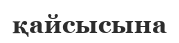
қайсысына